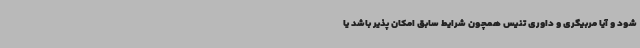
شود و آیا مربیگری و داوری تنیس همچون شرایط سابق امکان پذیر باشد یا